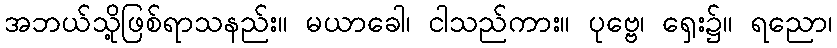
အဘယ်သို့ဖြစ်ရာသနည်း။ မယာခေါ၊ ငါသည်ကား။ ပုဗ္ဗေ၊ ရှေး၌။ ရညော၊